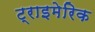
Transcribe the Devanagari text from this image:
ट्राइमेरिक